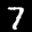
Label: 7